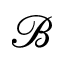
\mathcal { B }